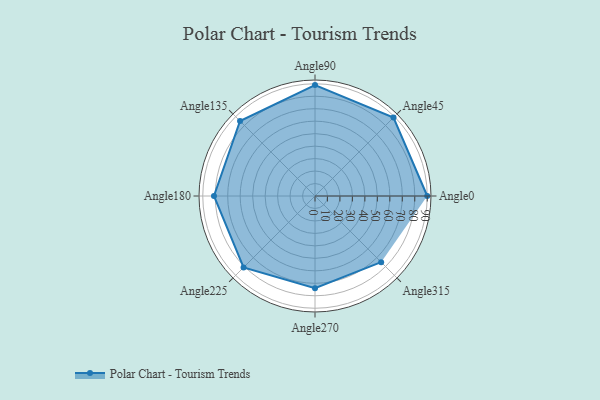
{"axis": {"x": "Angle", "y": "Radius"}, "legend": [""], "data": [{"x": "Angle0", "y": 90.0, "type": ""}, {"x": "Angle45", "y": 89.0, "type": ""}, {"x": "Angle90", "y": 89.0, "type": ""}, {"x": "Angle135", "y": 85.0, "type": ""}, {"x": "Angle180", "y": 81.0, "type": ""}, {"x": "Angle225", "y": 81.0, "type": ""}, {"x": "Angle270", "y": 74.0, "type": ""}, {"x": "Angle315", "y": 75.0, "type": ""}]}